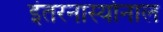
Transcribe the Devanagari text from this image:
इंतरनास्योनाल